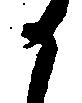
か